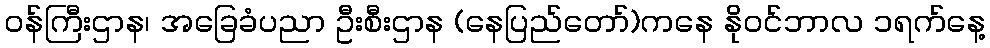
ဝန်ကြီးဌာန၊ အခြေခံပညာ ဦးစီးဌာန (နေပြည်တော်)ကနေ နိုဝင်ဘာလ ၁ရက်နေ့